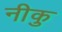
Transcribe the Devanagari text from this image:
नीकु